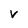
Character: v